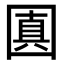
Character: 𡈓